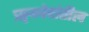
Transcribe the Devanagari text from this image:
ॠग्वेदांतील